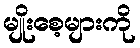
မျိုးစေ့များကို